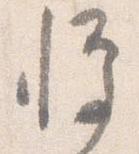
憚